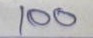
100